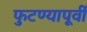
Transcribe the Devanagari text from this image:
फुटण्यापूर्वी